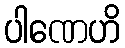
ပါဏေဟိ